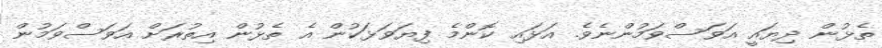
ތެޅުން ދިޔައީ އަވަސްވަމުންނެވެ. އަޅައި ކޮންމެ ފިޔަވަޅަކުން އެ ތެޅުން އިތުރަށް އަވަސްވަމުން